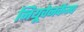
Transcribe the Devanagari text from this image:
नियूवेनकैम्प